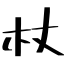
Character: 杖